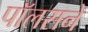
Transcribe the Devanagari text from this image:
पॉलसने